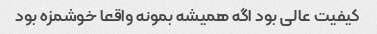
کیفیت عالی بود اگه همیشه بمونه واقعا خوشمزه بود